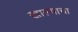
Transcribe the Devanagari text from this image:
खाल्याचा